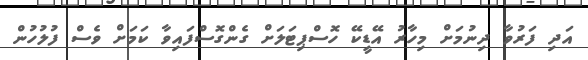
އަދި ފަރުވާ ދިނުމަށް މިހާރު އޭޑީކޭ ހޮސްޕިޓަލަށް ގެންގޮސްފައިވާ ކަމަށް ވެސް ފުލުހުން